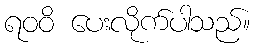
ရဝဝိ ပေးလိုက်ပါသည်။